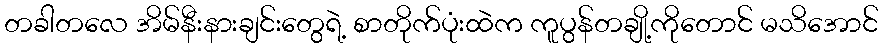
တခါတလေ အိမ်နီးနားချင်းတွေရဲ့ စာတိုက်ပုံးထဲက ကူပွန်တချို့ကိုတောင် မသိအောင်